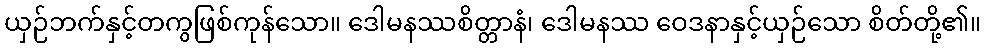
ယှဉ်ဘက်နှင့်တကွဖြစ်ကုန်သော။ ဒေါမနဿစိတ္တာနံ၊ ဒေါမနဿ ဝေဒနာနှင့်ယှဉ်သော စိတ်တို့၏။